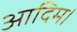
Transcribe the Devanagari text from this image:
आदिम।